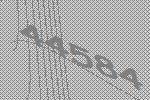
44584